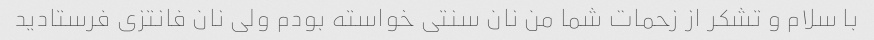
با سلام و تشکر از زحمات شما من نان سنتی خواسته بودم ولی نان فانتزی فرستادید